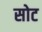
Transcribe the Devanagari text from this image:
सोट